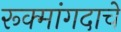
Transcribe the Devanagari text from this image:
रूक्मांगदाचे